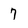
Character: 7